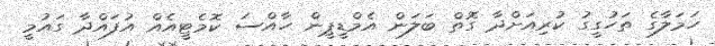
ހަމަލާގެ ތަހުގީގު ކުރިއަށްދާ ގޮތް ބަލަން އެމްޑީޕީން ހާއްސަ ކޮމެޓީއެއް އުފައްދާ ގައުމީ